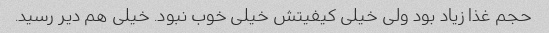
حجم غذا زیاد بود ولی خیلی کیفیتش خیلی خوب نبود. خیلی هم دیر رسید.